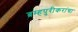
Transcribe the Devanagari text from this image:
ब्रम्हपुरीकरांचा